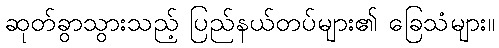
ဆုတ်ခွာသွားသည့် ပြည်နယ်တပ်များ၏ ခြေသံများ။